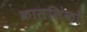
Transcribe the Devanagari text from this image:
क्रासलिंकों